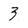
Character: 3